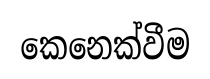
කෙනෙක්වීම